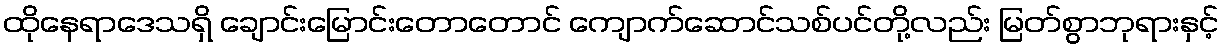
ထိုနေရာဒေသရှိ ချောင်းမြောင်းတောတောင် ကျောက်ဆောင်သစ်ပင်တို့လည်း မြတ်စွာဘုရားနှင့်